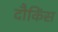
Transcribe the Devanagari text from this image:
दौकिंस